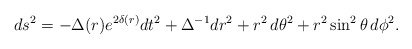
\begin{align*}ds^{2}= -\Delta (r) e^{2\delta (r)} dt^{2} +\Delta ^{-1} dr ^{2} + r^{2} \, d\theta ^{2}+r^{2} \sin ^{2} \theta \, d\phi ^{2} .\end{align*}